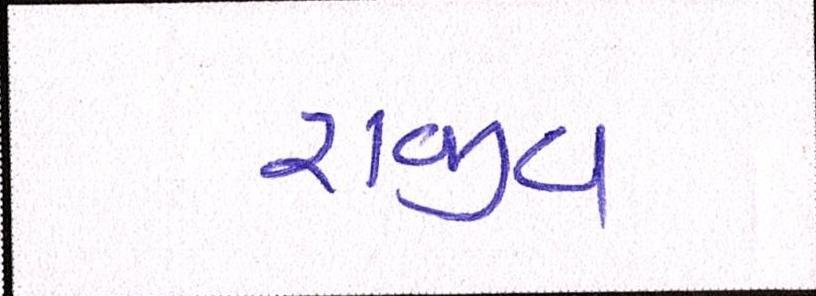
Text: રાજીવ